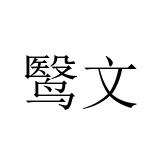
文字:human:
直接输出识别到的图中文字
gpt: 鹥文